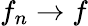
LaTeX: f_{n}\rightarrow f